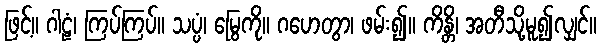
ဖြင့်။ ဂါဠံ၊ ကြပ်ကြပ်။ သပ္ပံ၊ မြွေကို။ ဂဟေတွာ၊ ဖမ်း၍။ ကိန္တိ၊ အတီသို့မူ၍လျှင်။